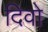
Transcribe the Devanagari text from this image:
दिवो